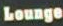
Lounge